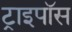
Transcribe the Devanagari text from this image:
ट्राइपॉस